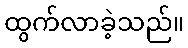
ထွက်လာခဲ့သည်။